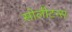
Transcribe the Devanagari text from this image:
सोलीटन्स